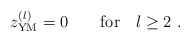
\begin{align*}z^{(l)}_{\rm YM} = 0 \qquad \mbox{for} \quad l \geq 2 \ .\end{align*}